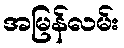
အမြန်လမ်း